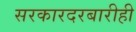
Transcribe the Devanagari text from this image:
सरकारदरबारीही